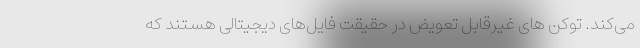
می‌کند. توکن های غیرقابل تعویض در حقیقت فایل‌های دیجیتالی هستند که